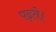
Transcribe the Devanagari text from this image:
पढ़ते।